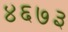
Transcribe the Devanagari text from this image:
४६७३